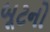
બૂટનો